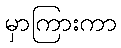
မှာကြားကာ